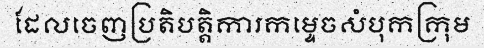
ដែលចេញប្រតិបត្តិការកម្ទេចសំបុកក្រុម